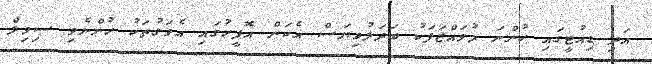
އަދި ޑިއުޓީގައި ހުންނަ މުވައްޒަފަކު ބަދަލުވިޔަސް އެކަން އޮފީހުގައި އެވަގުތަކު ހުންނެވި ސިވިލް